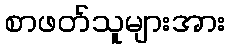
စာဖတ်သူများအား